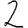
Digit: 2